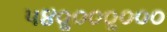
૫૪૦ૢ૦૦૦ૢ૦૦૦